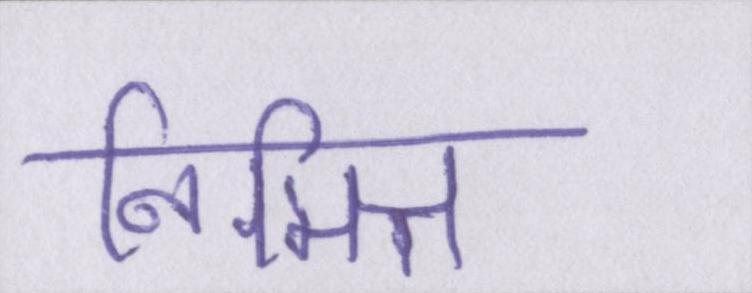
निमित्त